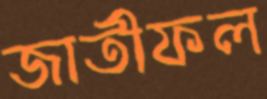
জাতীফল